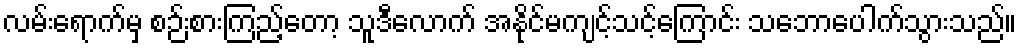
လမ်းရောက်မှ စဉ်းစားကြည့်တော့ သူဒီလောက် အနိုင်မကျင့်သင့်ကြောင်း သဘောပေါက်သွားသည်။